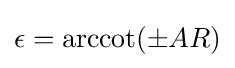
\epsilon =\operatorname {arccot}(\pm AR)